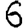
Digit: 6